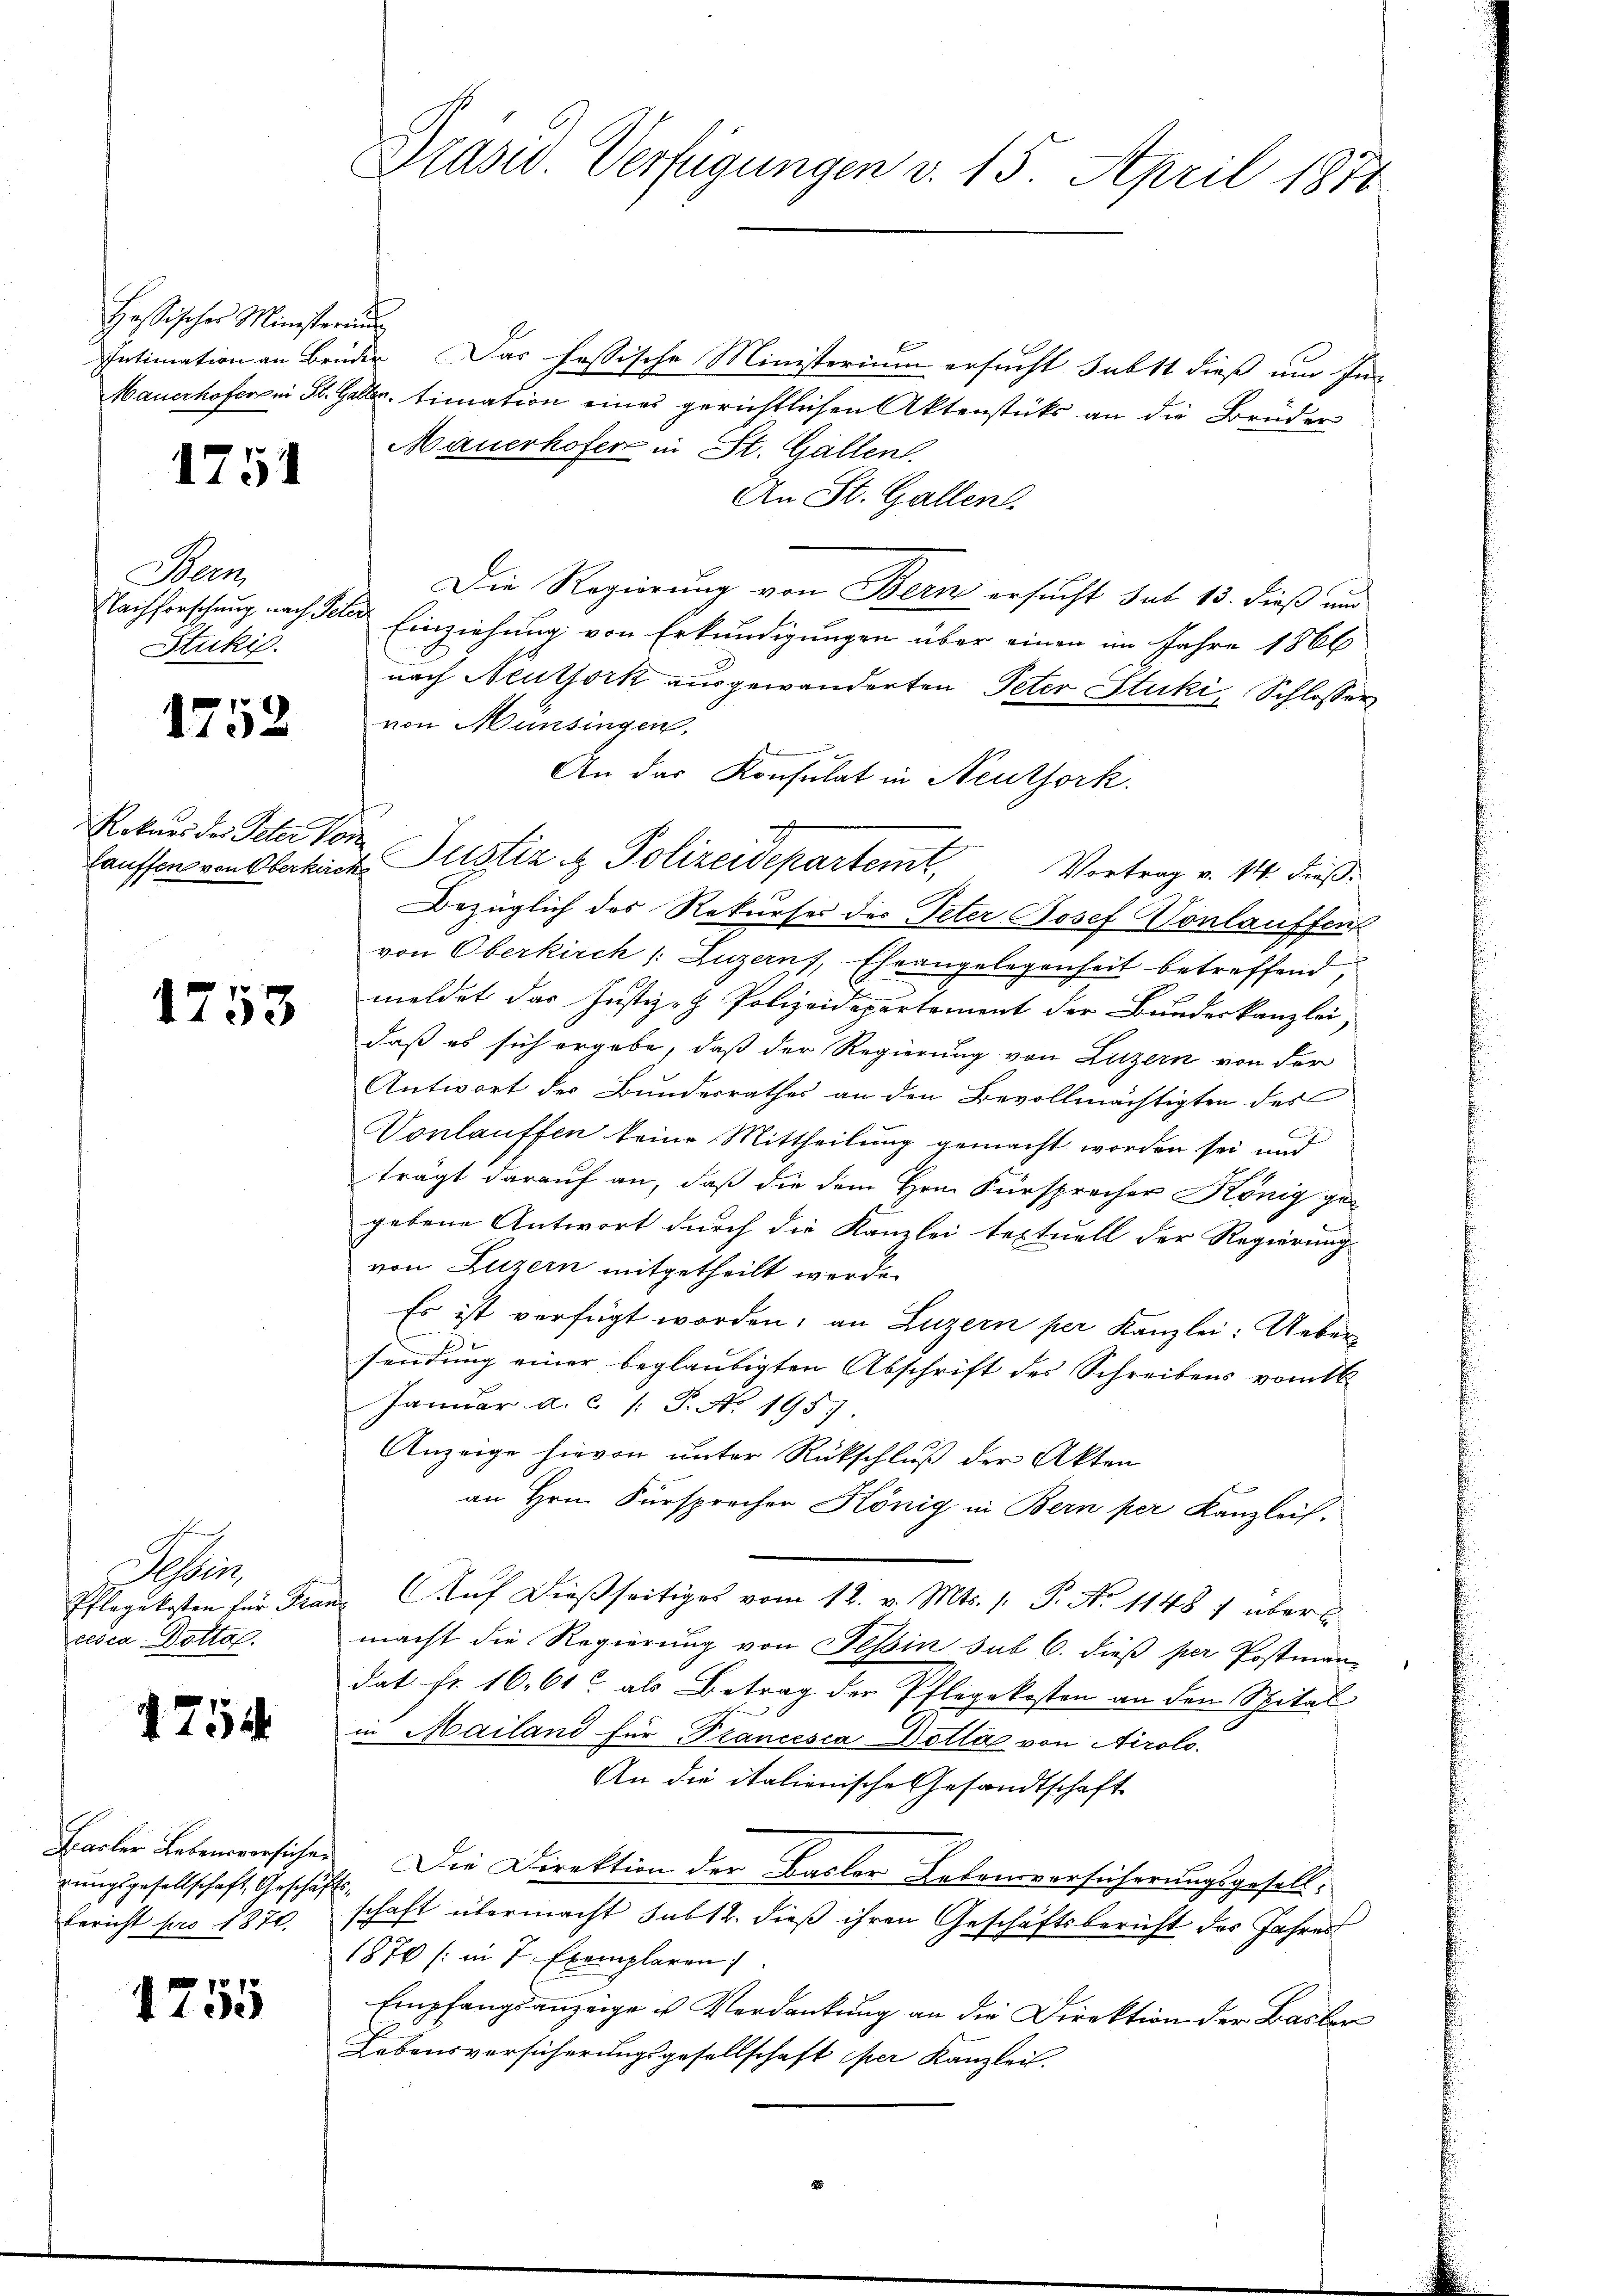
Hessischer Ministerun

1754

Bern
Stuckif.

1752

Rokurs des Peter von

1753

eis
cesca Dotta.

4754

rungsgesellschaft, Geschäftsbericht pro 1870.

1755

Intimation an Brüder. Das fessische Ministerium ersucht sabst dieß um In-
Mauerhoferen St. Galler, timation eines gerichtlichen Aktenstücke an die Brüder
Mauerhofer in St. Gallen.
An St. Gallen.
Die Regierung von Bern ersucht sub 13. dieß und
Nachforschung nach Peter Einziehung von Erkundigungen über einen im Jahre 1866
nach Neuthork ausgewanderten Peter Stuki, Schlosser
von Münsingen,
An der Konsulat in Neuthork.
s
Bezüglich des Rekurses des Peter Josef Vonlauffent
von Oberkirch /: Luzern, Eheangelegenheit betreffend,
meldet das Justiz- & Polizeidepartement der Bundeskanzlei
daß es sich ergabe, daß der Regierung von Luzern von der
Antwort des Bundesrathes an den Bevollmächtigten des
Vonlauffen keine Mittheilung gemacht worden sei und
trägt darauf an, daß die dem Hrn. Fürsprecher König ge-
gebene Antwort durch die Kanzlei textuell der Regierung
von Luzern mitgetheilt werde.
Es ist verfügt worden; an Luzern per Kanzlei: Uebersendung einer beglaubigten Abschrift des Schreibens vom 16.
Januar a. c. /: P. No. 195.
Anzeige hievon unter Rückschluß der Akten
an Hrn. Fürsprecher König in Bern per Kanzlei.
Pflegekosten für Franz Aŭf dießseitiges vom 12. v. Mts. 1. P. No 11487 über
macht die Regierung von Tessin sub 6. dieß per Postman
dat fr. 16. 61 als Betrag der Pflegekosten an den Spital
in Mailand für Francesca Dottas von Airolo.
An die italienische Gesandtschaft
Barler Lebensversicher. Die Direktion der Basler Lebensversicherungsgesellschaft übermacht sub 12. dieß ihren Geschäftsbericht des Jahres
1876 (: in 7 Exemplaren
Empfangsanzeige u Verdankung an die Direktion der Basler
Lebensversicherungsgesellschaft per Kanzlei.

Präsid. Verfügungen v. 15. April 1876

hauffon von Plakack Justiz & Polizeidepartemt, Vortrag v. 14. dieß¬